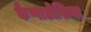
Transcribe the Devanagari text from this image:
कैप्पाडोशिया